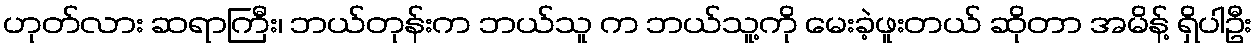
ဟုတ်လား ဆရာကြီး၊ ဘယ်တုန်းက ဘယ်သူ က ဘယ်သူ့ကို မေးခဲ့ဖူးတယ် ဆိုတာ အမိန့် ရှိပါဦး